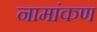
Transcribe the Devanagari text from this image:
नामांकण